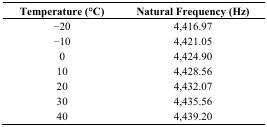
| Temperature (°C) | Natural Frequency (Hz) |
 | --- | --- |
 | −20 | 4,416.97 |
 | −10 | 4,421.05 |
 | 0 | 4,424.90 |
 | 10 | 4,428.56 |
 | 20 | 4,432.07 |
 | 30 | 4,435.56 |
 | 40 | 4,439.20 |